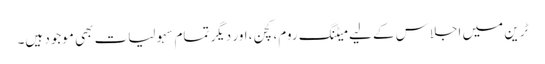
ٹرین میں اجلاس کے لیے میٹنگ روم، کچن، اور دیگر تمام سہولیات بھی موجود ہیں۔